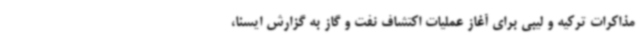
مذاکرات ترکیه و لیبی برای آغاز عملیات اکتشاف نفت و گاز به گزارش ایسنا،